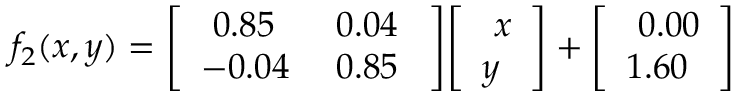
f _ { 2 } ( x , y ) = { \left[ \begin{array} { l l } { \ 0 . 8 5 } & { \ 0 . 0 4 \ } \\ { - 0 . 0 4 } & { \ 0 . 8 5 } \end{array} \right] } { \left[ \begin{array} { l } { \ x } \\ { y } \end{array} \right] } + { \left[ \begin{array} { l } { \ 0 . 0 0 } \\ { 1 . 6 0 } \end{array} \right] }